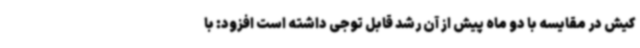
کیش در مقایسه با دو ماه پیش از آن رشد قابل توجی داشته است افزود: با